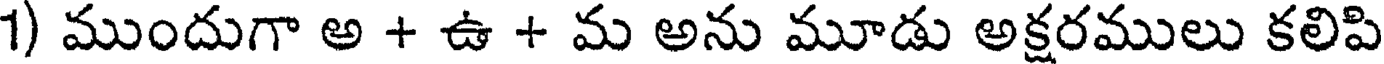
1) ముందుగా అ + ఉ + మ అను మూడు అక్షరములు కలిపి